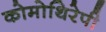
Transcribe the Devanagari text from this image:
कोमोथिरेपी